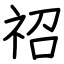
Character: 祒